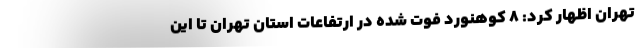
تهران اظهار کرد: ۸ کوهنورد فوت شده در ارتفاعات استان تهران تا این